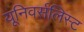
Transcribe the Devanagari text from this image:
यूनिवर्सलिस्ट